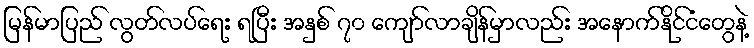
မြန်မာပြည် လွတ်လပ်ရေး ရပြီး အနှစ် ၇၀ ကျော်လာချိန်မှာလည်း အနောက်နိုင်ငံတွေနဲ့